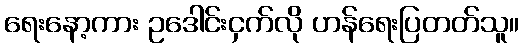
ရေးနော့ကား ဥဒေါင်းငှက်လို ဟန်ရေးပြတတ်သူ။